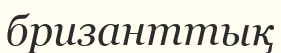
бризанттық